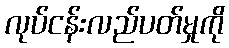
လုပ်ငန်းလည်ပတ်မှုကို